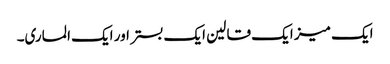
ایک میز ایک قالین ایک بستر اور ایک الماری۔